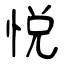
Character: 悦